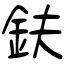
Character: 鈇